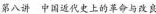
第八讲 中国近代史上的革命与改良